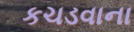
કચડવાના